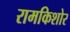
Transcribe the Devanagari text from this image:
रामकिशोर